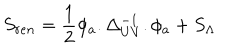
S _ { r e n } = \frac { 1 } { 2 } \phi _ { a } . \Delta _ { U V } ^ { - 1 } . \phi _ { a } + S _ { \Lambda }